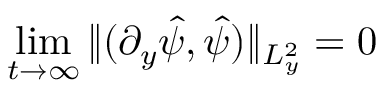
\operatorname* { l i m } _ { t \to \infty } \| ( \partial _ { y } \hat { \psi } , \hat { \psi } ) \| _ { L _ { y } ^ { 2 } } = 0